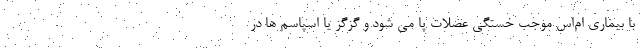
با بیماری ام‌اس موجب خستگی عضلات پا می شود و گزگز یا اسپاسم ها در